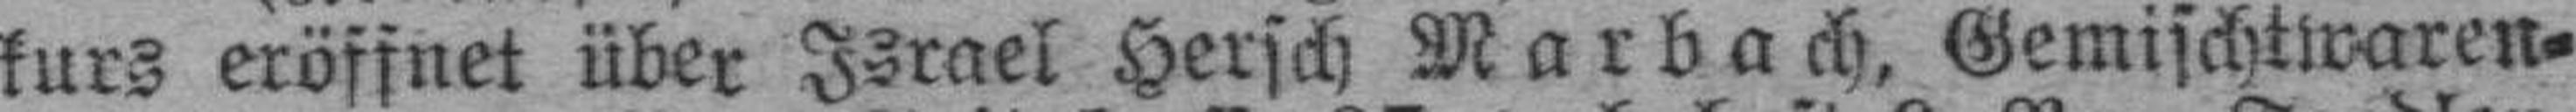
kurs eröffnet über Israel Hersch Marbach, Gemischtwaren¬